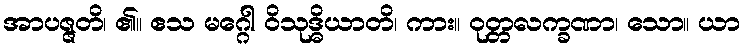
အာပဇ္ဇတိ၊ ၏။ ဧသ မဂ္ဂေါ ဝိသုဒ္ဓိယာတိ၊ ကား။ ဝုတ္တလက္ခဏာ၊ သော။ ယာ